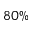
8 0 \%